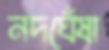
নদঘেঁষা